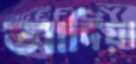
আদিয়া